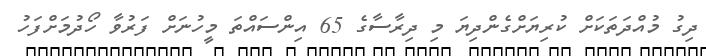
ދިގު މުއްދަތަކަށް ކުރިޔަށްގެންދިޔަ މި ދިރާސާގެ 65 އިންސައްތަ މީހުނަށް ފަރުވާ ހޯދުމަށްފަހު